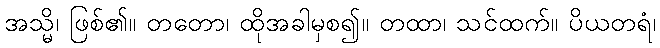
အသ္မိ၊ ဖြစ်၏။ တတော၊ ထိုအခါမှစ၍။ တထာ၊ သင်ထက်။ ပိယတရံ၊